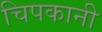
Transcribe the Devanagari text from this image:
चिपकानी